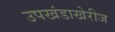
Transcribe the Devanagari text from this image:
उपखंडाखेरीज